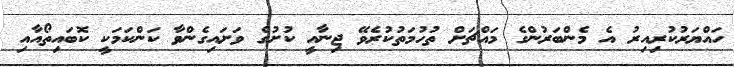
ހައްޔަރުކުރިއިރު އެ މެންބަރުންގެ މައްޗަށް ތުހުމަތުކުރެވޭ ޖިނާއީ ކުށުގެ ވަށައިގެންވާ ކަންކަމަކީ ކޮބައިތޯއާއި